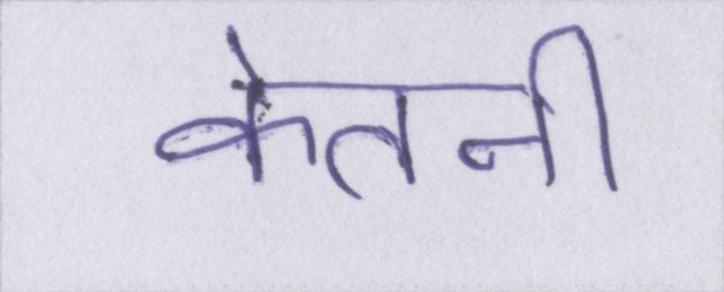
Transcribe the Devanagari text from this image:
केतनी